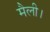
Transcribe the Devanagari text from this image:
मैली।